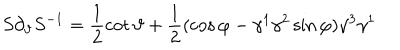
S \partial _ { \vartheta } S ^ { - 1 } = \frac 1 2 \cot \vartheta + \frac 1 2 ( \cos \varphi - \gamma ^ { 1 } \gamma ^ { 2 } \sin \varphi ) \gamma ^ { 3 } \gamma ^ { 1 }